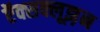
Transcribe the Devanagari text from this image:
ऍक्सक्लूझ़न